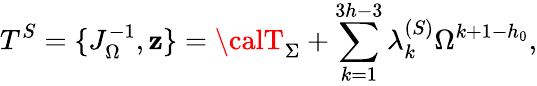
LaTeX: T^{S}=\{ J_{\Omega}^{-1},\mathbf{z}\} ={\calT}_{\Sigma}+\sum_{k=1}^{3h-3}\lambda_{k}^{(S)}\Omega^{k+1-h_{0}},